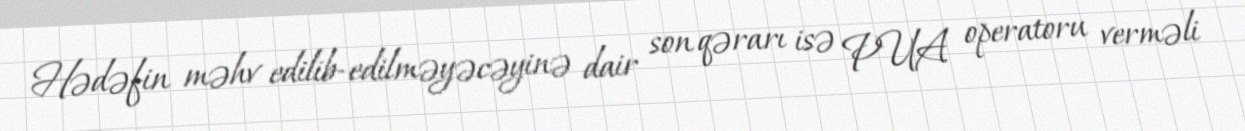
Hədəfin məhv edilib-edilməyəcəyinə dair son qərarı isə PUA operatoru verməli